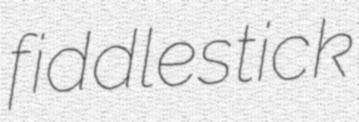
fiddlestick